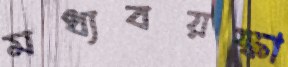
মধ্যবয়স্কা